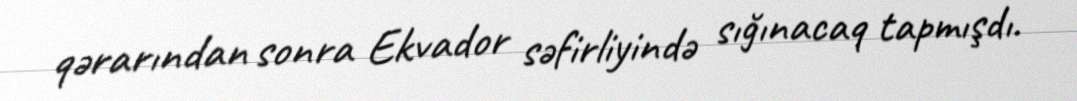
qərarından sonra Ekvador səfirliyində sığınacaq tapmışdı.